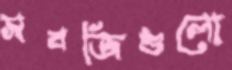
সবজিগুলো